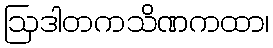
ဩဒါတကသိဏကထာ၊